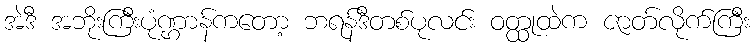
အဲဒီ အဘိုးကြီးပုံဏ္ဌာန်ကတော့ ဘရန်ဒီတစ်ပုလင်း ဝတ္ထုထဲက ဇာတ်လိုက်ကြီး